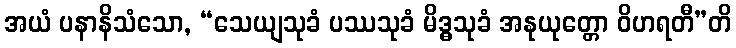
အယံ ပနာနိသံသော, “သေယျသုခံ ပဿသုခံ မိဒ္ဓသုခံ အနုယုတ္တော ဝိဟရတီ”တိ